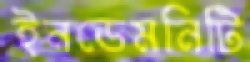
ইনডেমনিটি